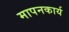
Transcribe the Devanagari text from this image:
मापनकार्य